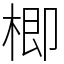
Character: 楖